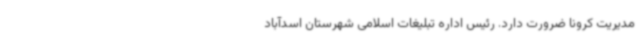
مدیریت کرونا ضرورت دارد. رئیس اداره تبلیغات اسلامی شهرستان اسدآباد